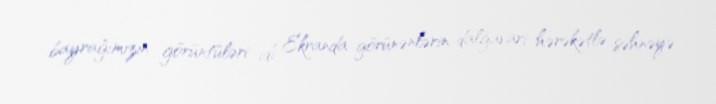
bayrağımızın görüntüləri idi. Ekranda görünənlərin dalğavari hərəkətlə səhnəyə